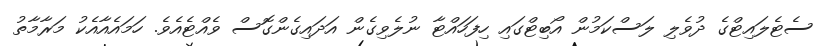
ސެޓެލައިޓްގެ ދުވެލި ލަސްކަމުން އޯބިޓްގައި ހިފަހައްޓާ ނުލެވިގެން އަދައިގެންގޮސް ވެއްޓެއެވެ. ހަމައެއާއެކު މަރާމާތު